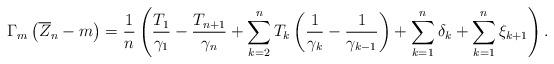
LaTeX: \begin{align*}\Gamma_{m}\left( \overline{Z}_{n} - m \right) = \frac{1}{n}\left( \frac{T_{1}}{\gamma_{1}}- \frac{T_{n+1}}{\gamma_{n}}+ \sum_{k=2}^{n}T_{k}\left( \frac{1}{\gamma_{k}}- \frac{1}{\gamma_{k-1}}\right) + \sum_{k=1}^{n} \delta_{k} + \sum_{k=1}^{n}\xi_{k+1} \right) .\end{align*}